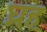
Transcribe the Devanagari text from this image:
घ्रह